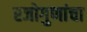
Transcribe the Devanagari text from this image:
रजोगुणांचा